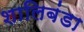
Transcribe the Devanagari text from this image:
शालिबंडा